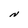
Character: N